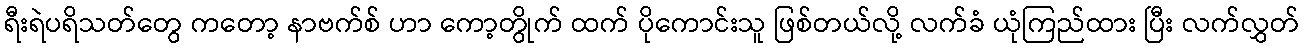
ရီးရဲပရိသတ်တွေ ကတော့ နာဗက်စ် ဟာ ကော့တွိုက် ထက် ပိုကောင်းသူ ဖြစ်တယ်လို့ လက်ခံ ယုံကြည်ထား ပြီး လက်လွှတ်